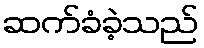
ဆက်ခံခဲ့သည်